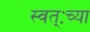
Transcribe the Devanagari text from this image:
स्वत्ःच्या